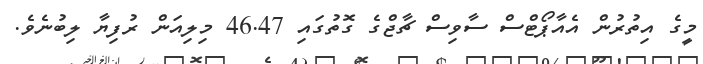
މީގެ އިތުރުން އެއާޕޯޓްސް ސާވިސް ޗާޖްގެ ގޮތުގައި 46.47 މިލިއަން ރުފިޔާ ލިބުނެވެ.